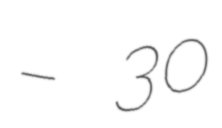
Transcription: – 30